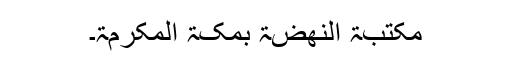
مکتبۃ النھضۃ بمکۃ المکرمۃ۔